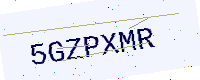
Text: 5GZPXMR